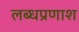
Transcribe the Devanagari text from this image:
लब्धप्रणाश